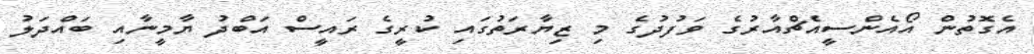
އެގޮތުން އޯއެންސީއެޗްއާރުގެ ވަފުދުގެ މި ޒިޔާރަތުގައި ކުރީގެ ރައީސް އަބްދު ޔާމީނާއި ބައްދަލު